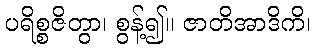
ပရိစ္စဇိတွာ၊ စွန့်၍။ ဇာတိအာဒိကိ၊